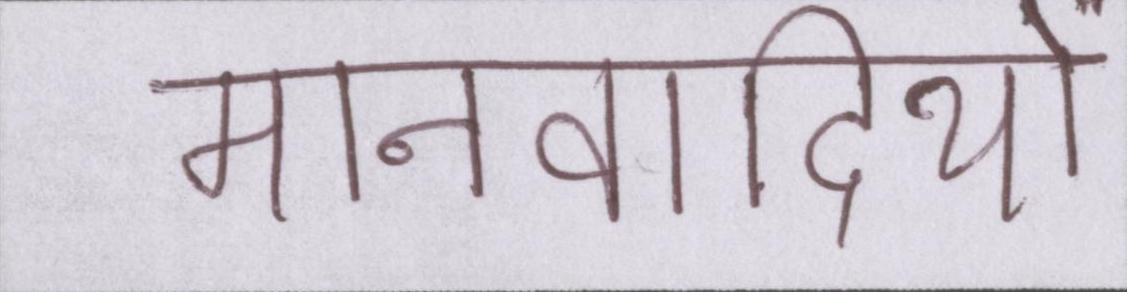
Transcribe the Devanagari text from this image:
मानवादियों